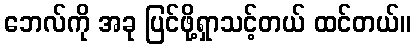
ဘေလ်ကို အခု ပြင်ဖို့ရှာသင့်တယ် ထင်တယ်။